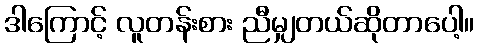
ဒါကြောင့် လူတန်းစား ညီမျှတယ်ဆိုတာပေါ့။